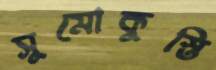
সুমোকুস্তি